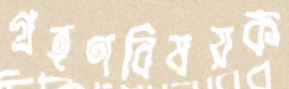
গ্রহণবিষয়ক